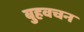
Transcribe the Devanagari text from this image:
बुहवचन